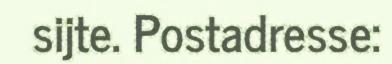
sijte. Postadresse: